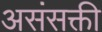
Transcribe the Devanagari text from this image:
असंसक्ती